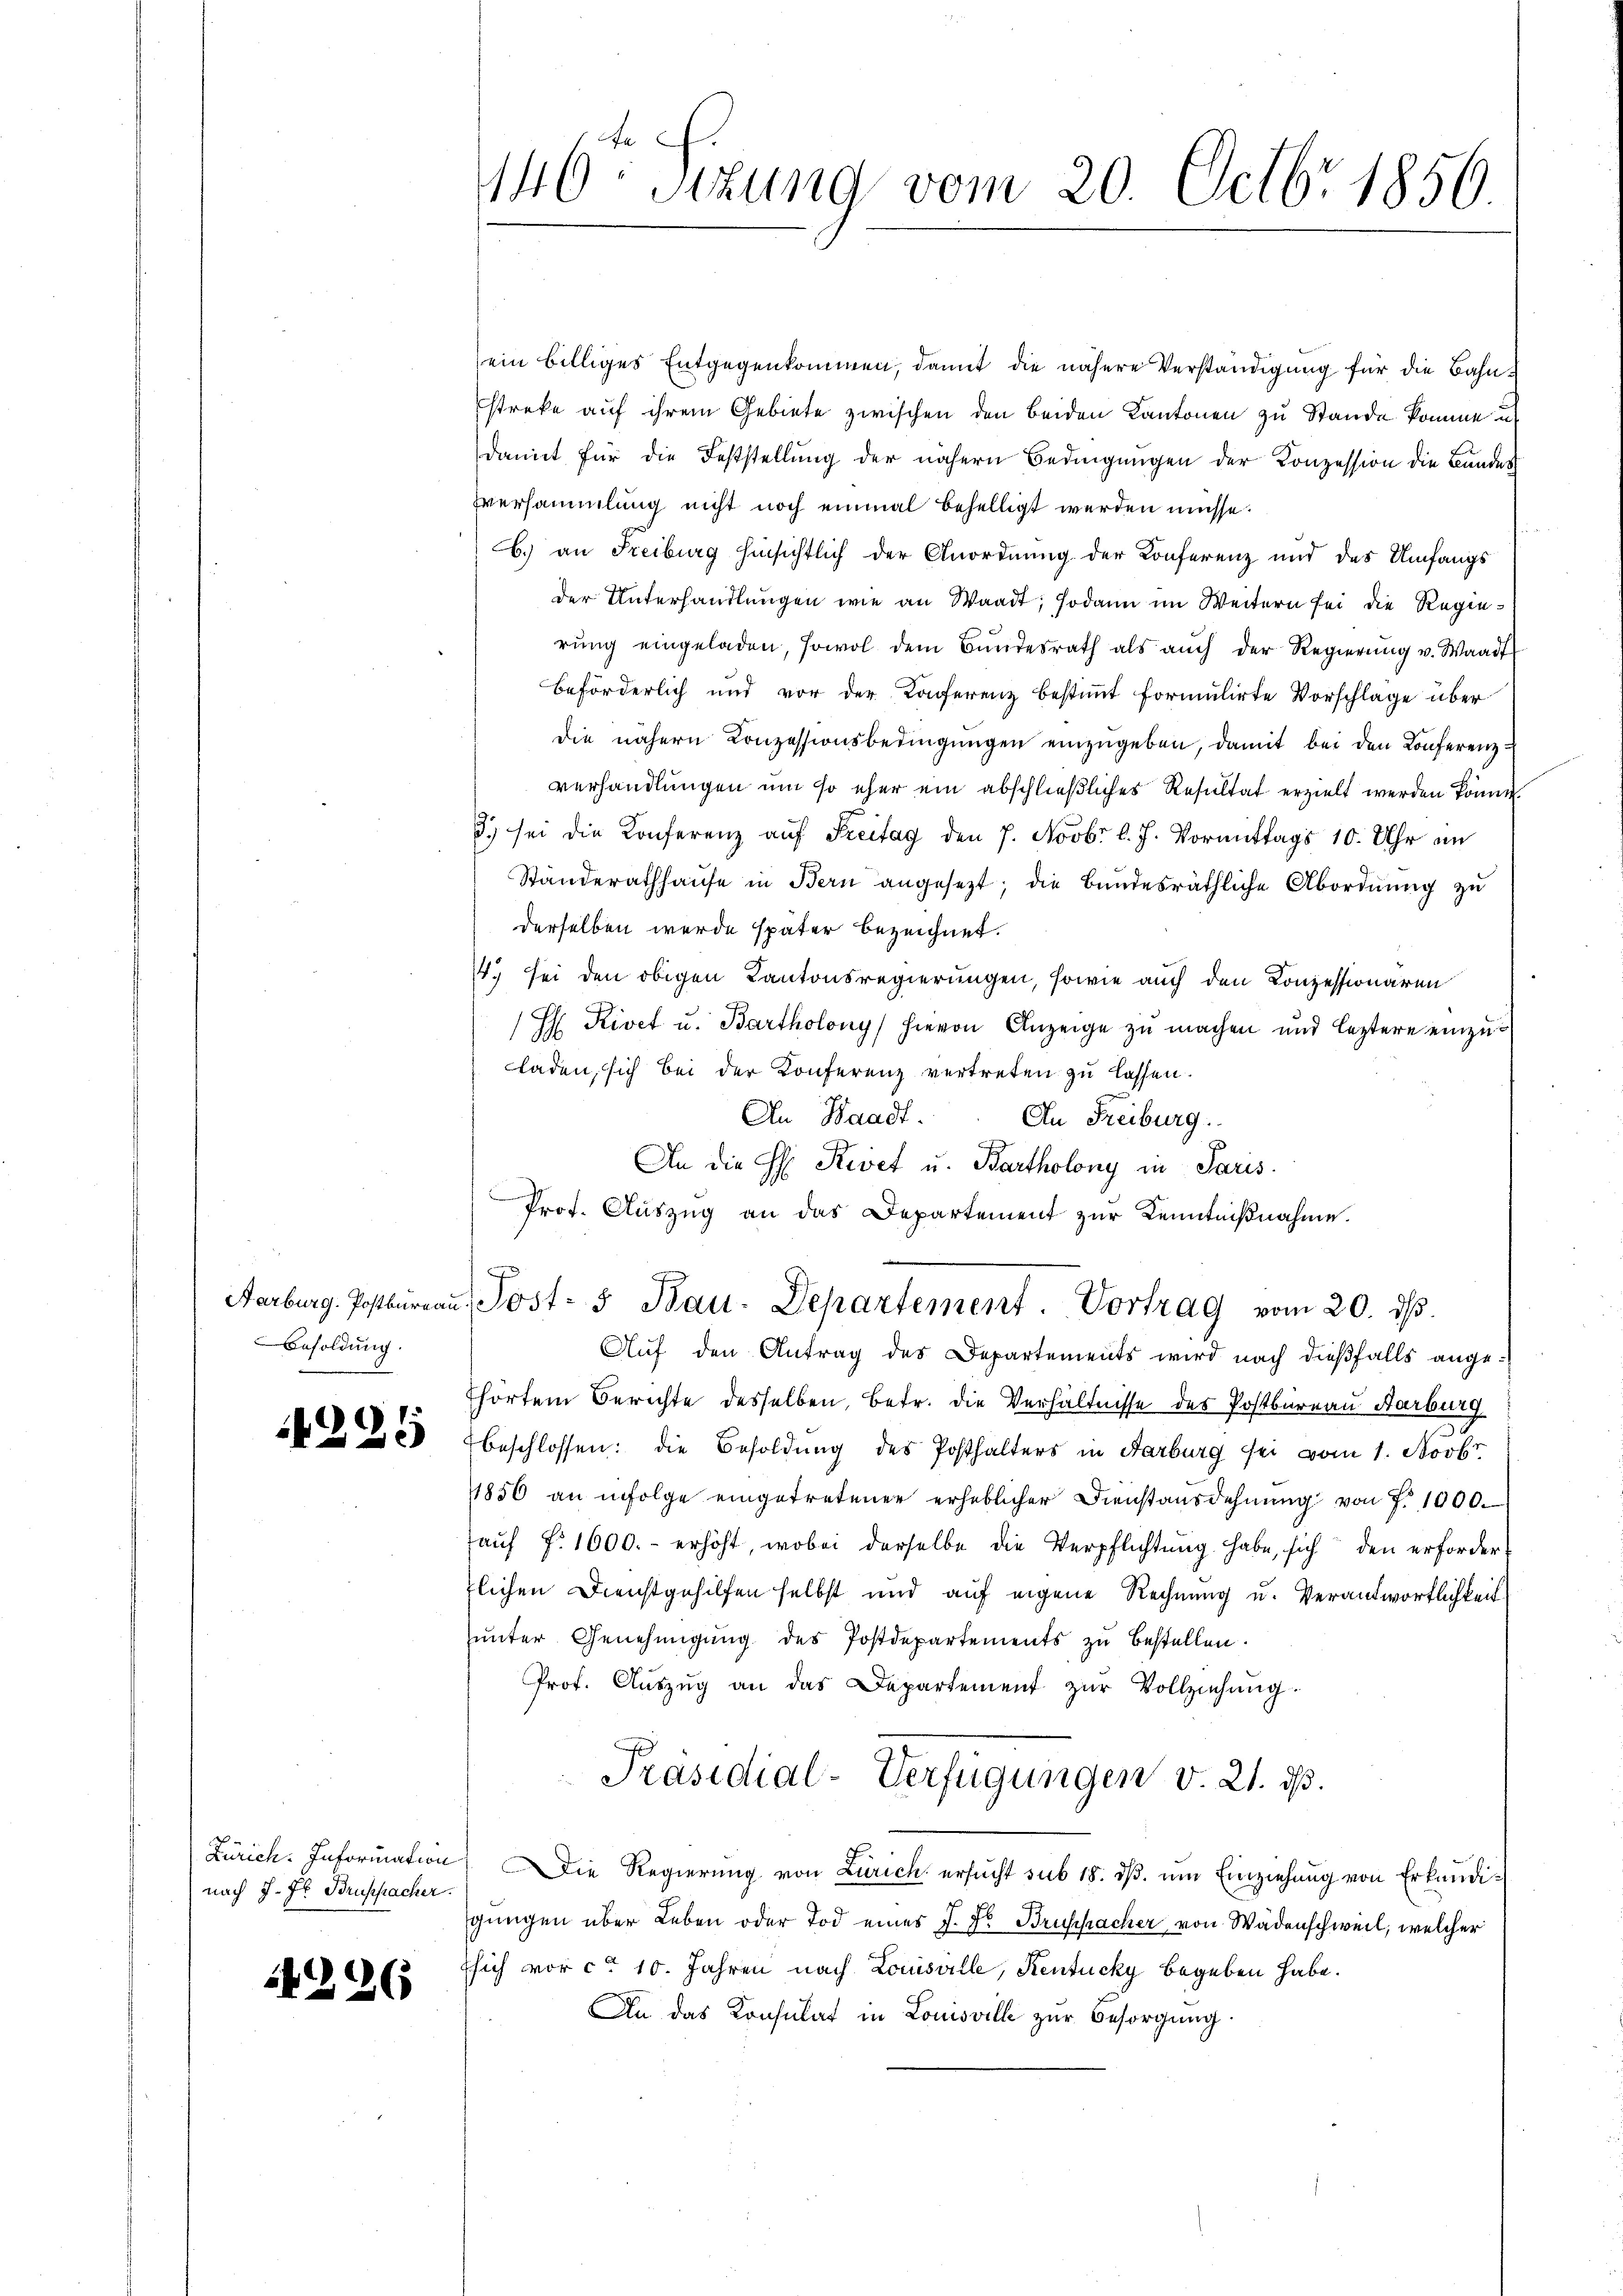
Aarburg. Postbureau
Besoldung.

4299

nach J. J. Bruppacher.

11226

146ten Sizung vom 20. Octbr 1856.

ein billiges Entgegenkommen, damit die nähere Verständigung für die Bahnstreke auf ihrem Gebiete zwischen den beiden Kantonen zu Stande komme un
damit für die Feststellung der nähern Bedingungen der Konzession die Bundes
Eversammlung nicht noch einmal behelligt werden müsse.
b.) an Freiburg hinsichtlich der Anordnung der Konferenz und des Umfangs
der Unterhandlungen wie an Waadt; sodann im Weitern sei die Regierung eingeladen, sowol dem Bundesrath als auch der Regierung u. Waadt
beförderlich und vor der Konferenz bestimmt formulirte Vorschlage über
die nähern Conzessionsbedingŭngen einzugeben, damit bei den Konferenzverhandlungen um so eher ein abschließliches Resultat erzielt werden könne.
3) sei die Konferenz auf Freitag den 7. Novbr l. J. Vormittags 10. Uhr in
Ständerathhaŭse in Bern angesezt; die Bundesräthliche Abordnung zu
derselben werde später bezeichnet.
14. sei den obigen Kantonsregierungen, sowie auch den Conzessionären
H Rivet u. Bartholony hievon Anzeige zŭ machen und leztere einzŭ-
laden, sich bei der Konferenz vertreten zu lassen.
An Waadt. An Freiburg.
An die H: Revet u. Bartholony in Paris
Prof. Auszug an das Departement zur Kenntnißnahme.
f
Sost- 5 Bau-Departement. Vortrag vom 20. ds.
Aŭf den Antrag des Departements wird nach dießfalls angehörten Berichte desselben, betr. die Verhältnisse des Postbureau Karburg
beschlossen: die Besoldung des Posthalters in Farburg sei vom 1. Novbr.
1856 an infolge eingetretenen erheblicher Dienstausdehnŭng von f. 1000.
aŭf fr. 1000.- erhöht, wobei derselbe die Verpflichtung habe, sich den erfordertlichen Dienstgehilfen selbst und auf eigene Rechnung u. Verantwortlichkeit
unter Genehmigung des Postdepartements zu bestellen.
Prof. Aŭszŭg an das Departement zŭr Vollziehŭng.
Präsidial-Verfügungen v. 21. ds.
Zürich. Information, Die Regierŭng von Zürich ersŭcht sub 18. dβ. ŭm Einziehŭng von Erkundi-
gungen über Leben oder Tod eines J. Dr. Bruspacher von Wädenschweil, welcher
Esich vor ca 10. Jahren nach Louisville, Kentucky begeben habe.
An das Konsulat in Louisville zŭr Besorgŭng.